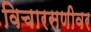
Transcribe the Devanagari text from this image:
विचारसणीवर